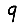
Digit: 9